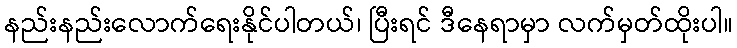
နည်းနည်းလောက်ရေးနိုင်ပါတယ်၊ ပြီးရင် ဒီနေရာမှာ လက်မှတ်ထိုးပါ။